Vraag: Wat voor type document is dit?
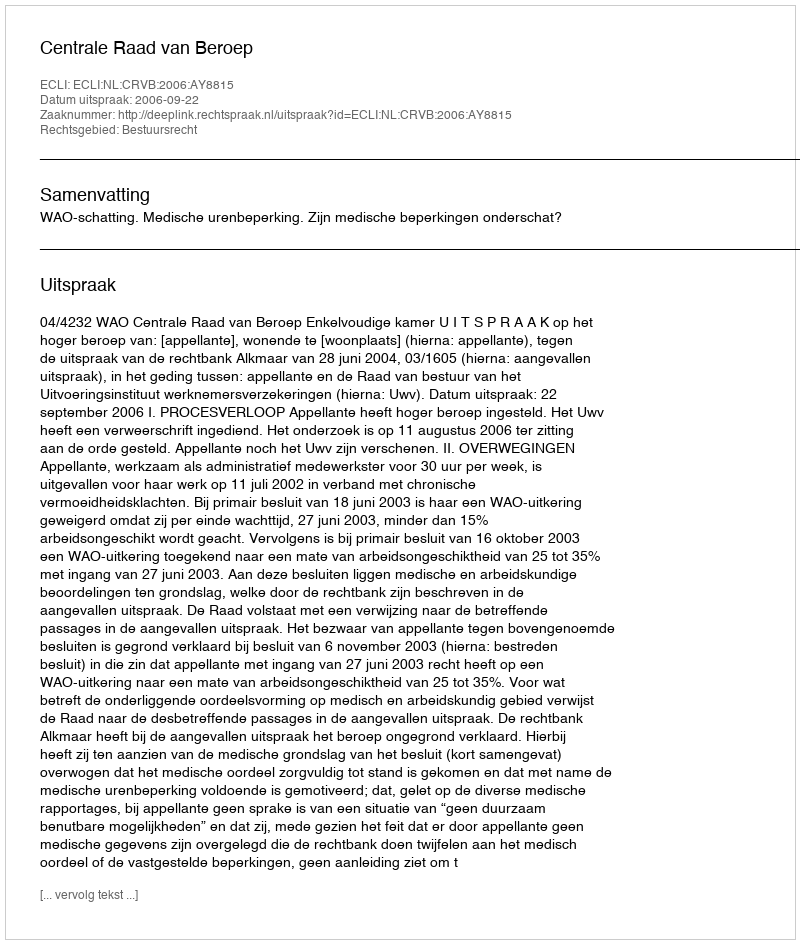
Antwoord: Uitspraak